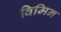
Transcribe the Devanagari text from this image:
विमिन